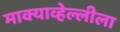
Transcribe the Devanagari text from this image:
माक्याव्हेल्लीला